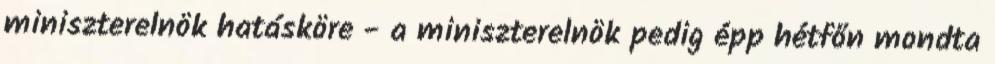
miniszterelnök hatásköre - a miniszterelnök pedig épp hétfőn mondta